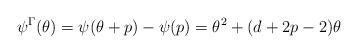
LaTeX: \begin{align*}\psi^\Gamma(\theta) = \psi(\theta + p) -\psi(p)=\theta^2 + (d + 2p -2)\theta\end{align*}